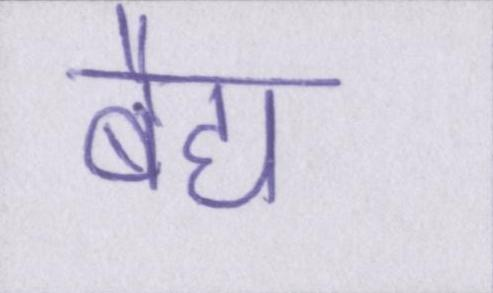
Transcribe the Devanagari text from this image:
बैद्य